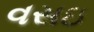
વસઇ